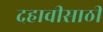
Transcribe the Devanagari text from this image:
दहावीसाठी